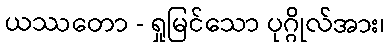
ယဿတော - ရှုမြင်သော ပုဂ္ဂိုလ်အား၊